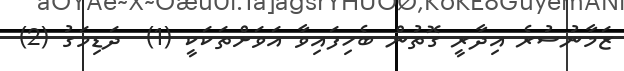
ޒަމާނުސުރެ އިދާރީ ގޮތުން ބެހިފައިވާ އަވަށްތަކަކީ (1)  ދަޑިމަގު (2)